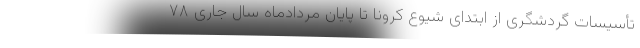
تأسیسات گردشگری از ابتدای شیوع کرونا تا پایان مردادماه سال جاری ۷۸